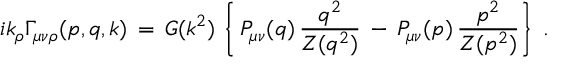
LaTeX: i k _ { \rho } \Gamma _ { \mu \nu \rho } ( p , q , k ) \, = \, G ( k ^ { 2 } ) \, \left\{ \, { \cal P } _ { \mu \nu } ( q ) \, \frac { q ^ { 2 } } { Z ( q ^ { 2 } ) } \, - \, { \cal P } _ { \mu \nu } ( p ) \, \frac { p ^ { 2 } } { Z ( p ^ { 2 } ) } \right\} \; .